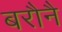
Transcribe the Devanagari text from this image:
बरौनै